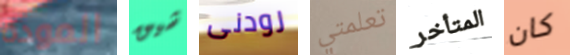
المودة شيق رودنى تعلمتي المتأخر كان